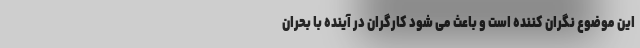
این موضوع نگران کننده است و باعث می شود کارگران در آینده با بحران